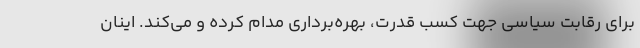
برای رقابت سیاسی جهت کسب قدرت، بهره‌برداری مدام کرده و می‌کند. اینان